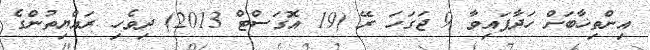
އިންތިޚާބަަށް ހަދާފައިވާ 9 ޖަގަހަ ރޭ (19 އޮގަސްޓް 2013) ދިވެހި ރައްޔިތުންގެ